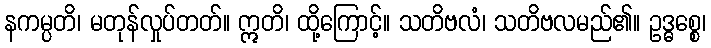
နကမ္ပတိ၊ မတုန်လှုပ်တတ်။ ဣတိ၊ ထို့ကြောင့်။ သတိဗလံ၊ သတိဗလမည်၏။ ဥဒ္ဓစ္စေ၊